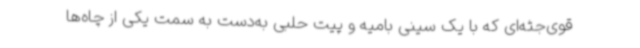
قوی‌جثه‌ای که با یک سینی بامیه و پیت حلبی به‌دست به سمت یکی از چاه‌ها